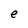
Character: e